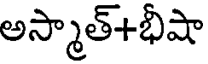
అస్మాత్+భీషా